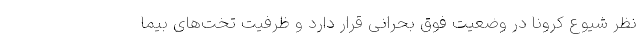
نظر شیوع کرونا در وضعیت فوق بحرانی قرار دارد و ظرفیت تخت‌های بیما